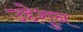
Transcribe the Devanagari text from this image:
उद्देशुन